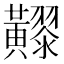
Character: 𪏧